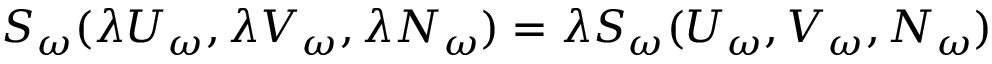
S _ { \omega } ( \lambda U _ { \omega } , \lambda V _ { \omega } , { \lambda N _ { \omega } } ) = \lambda S _ { \omega } ( U _ { \omega } , V _ { \omega } , { N _ { \omega } } )